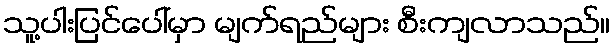
သူ့ပါးပြင်ပေါ်မှာ မျက်ရည်များ စီးကျလာသည်။